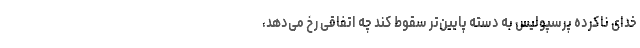
خدای ناکرده پرسپولیس به دسته پایین‌تر سقوط کند چه اتفاقی رخ می‌دهد،